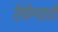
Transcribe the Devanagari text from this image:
रेवेनशॉ